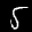
Label: 5